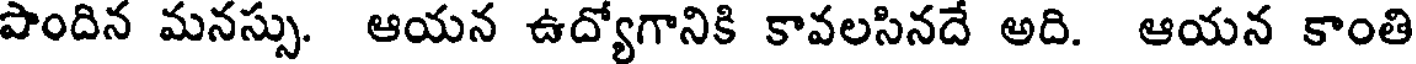
పొందిన మనస్సు. ఆయన ఉద్యోగానికి కావలసినదే అది. ఆయన కాంతి